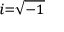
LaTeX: \scriptstyle { i = { \sqrt { - 1 } } }